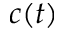
c ( t )